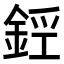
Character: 𨧑